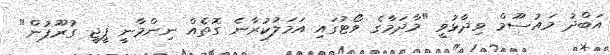
އަބްދު މައުސޫމް ވިދާޅުވީ "މާދަމާގެ ވޯޓުގައި އަމަލުކުރާނެ ގޮތެއް ނިންމާނީ ޕީޖީ ގުރޫޕުން"